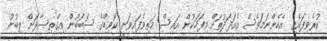
ކުރެވިފައެވެ. އެހެންނަމަވެސް އެއަދަދުތައް މިފަހަކުން އައިސް މަތިވެފައިވަނީ ކޮވިޑްގެ ސަބަބުން އިގްތިސާދަށް ލިބުނު